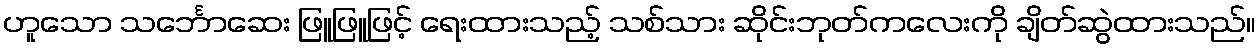
ဟူသော သင်္ဘောဆေး ဖြူဖြူဖြင့် ရေးထားသည့် သစ်သား ဆိုင်းဘုတ်ကလေးကို ချိတ်ဆွဲထားသည်။